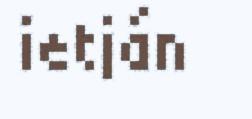
ietján